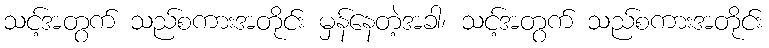
သင့်အတွက် သည်စကားအတိုင်း မှန်နေတဲ့အခါ၊ သင့်အတွက် သည်စကားအတိုင်း